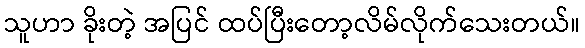
သူဟာ ခိုးတဲ့ အပြင် ထပ်ပြီးတော့လိမ်လိုက်သေးတယ်။